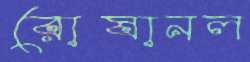
রোষানল